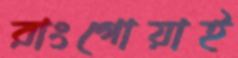
রাংগোয়াই